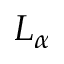
L _ { \alpha }